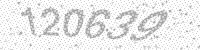
Solution: 120639